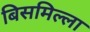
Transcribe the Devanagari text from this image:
बिसमिल्ला